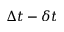
\Delta t - \delta t